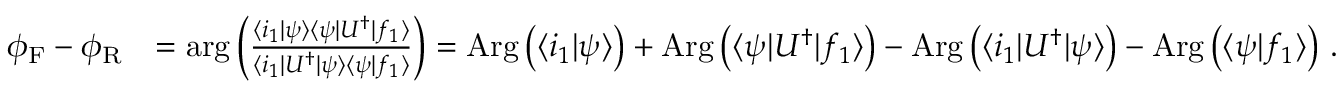
\begin{array} { r l } { \phi _ { \mathrm { F } } - \phi _ { \mathrm { R } } } & { = \mathrm { a r g } \left( \frac { \langle i _ { 1 } | \psi \rangle \langle \psi | U ^ { \dagger } | f _ { 1 } \rangle } { \langle i _ { 1 } | U ^ { \dagger } | \psi \rangle \langle \psi | f _ { 1 } \rangle } \right) = \mathrm { A r g } \left( \langle i _ { 1 } | \psi \rangle \right) + \mathrm { A r g } \left( \langle \psi | U ^ { \dagger } | f _ { 1 } \rangle \right) - \mathrm { A r g } \left( \langle i _ { 1 } | U ^ { \dagger } | \psi \rangle \right) - \mathrm { A r g } \left( \langle \psi | f _ { 1 } \rangle \right) \, . } \end{array}